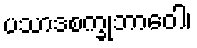
ပသာဒစက္ခုဘာဝေါ၊